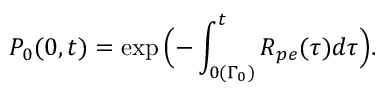
P _ { 0 } ( 0 , t ) = \exp { \Bigl ( - \int _ { 0 ( \Gamma _ { 0 } ) } ^ { t } R _ { p e } ( \tau ) d \tau \Bigr ) } .